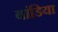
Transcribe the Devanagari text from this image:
बांडिया